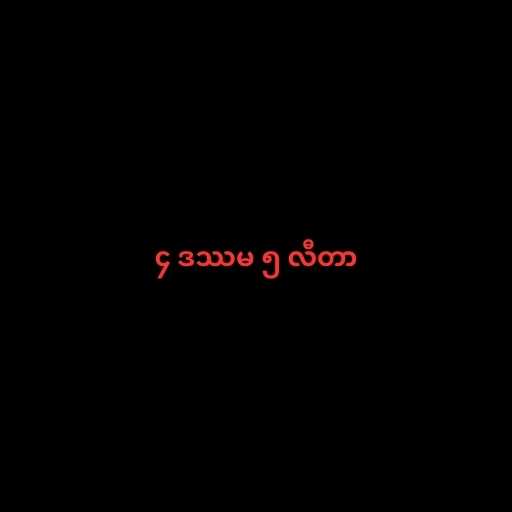
၄ ဒဿမ ၅ လီတာ